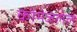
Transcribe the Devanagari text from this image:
कोमेजलेले